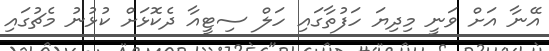
އޭނާ އަށް ވަނީ މިދިޔަ ހަފުތާގައި ހަލް ސިޓީއާ ދެކޮޅަށް ކުޅުނު މެޗުގައި